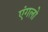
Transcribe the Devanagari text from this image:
एंगलो